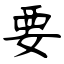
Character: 要